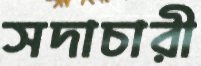
সদাচারী